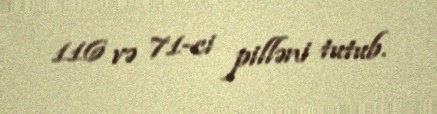
116 və 71-ci pilləni tutub.